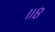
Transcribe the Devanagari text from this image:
॥८